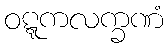
ဝဋ္ဋကလက္ခဏံ